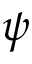
\psi